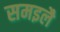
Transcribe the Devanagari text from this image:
समइलै